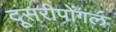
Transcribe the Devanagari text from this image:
दूसरीपोंगल